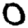
Digit: 0